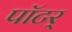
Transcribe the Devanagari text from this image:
पॉटर्